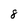
Character: 8